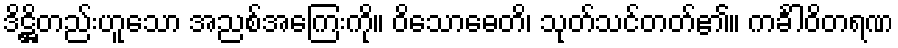
ဒိဋ္ဌိတည်းဟူသော အညစ်အကြေးကို။ ဝိသောဓေတိ၊ သုတ်သင်တတ်၏။ ကင်္ခါဝိတရဏ